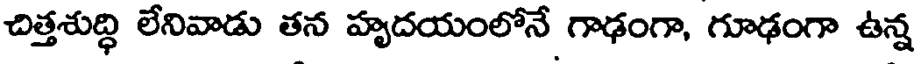
చిత్తశుద్ధి లేనివాడు తన హృదయంలోనే గాఢంగా, గూఢంగా ఉన్న